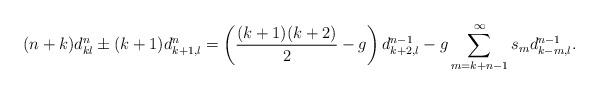
LaTeX: \begin{align*} (n+k)d^n_{kl} \pm (k+1)d^n_{k+1,l} = \left( \frac{(k+1)(k+2)}{2} -g \right) d^{n-1}_{k+2,l} -g \sum_{m=k+n-1}^{\infty} s_m d^{n-1}_{k-m,l}.\end{align*}